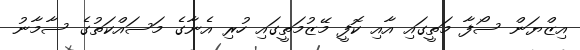
އިޒްޔަން ސޯފާ މަތީގައި އާއި ކޮފީ މޭޒުމަތީގައި ހުރި އެނާގެ މަސައްކަތުގެ ސާމާނު